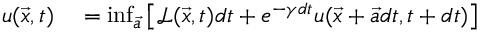
\begin{array} { r l } { u ( \vec { x } , t ) } & { { } = \operatorname* { i n f } _ { \vec { a } } \left[ \mathcal { L } ( \vec { x } , t ) d t + e ^ { - \gamma d t } u ( \vec { x } + \vec { a } d t , t + d t ) \right] } \end{array}